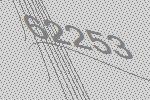
62253